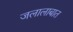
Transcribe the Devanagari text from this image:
जलालाबात